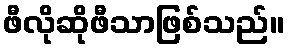
ဖီလိုဆိုဖီသာဖြစ်သည်။